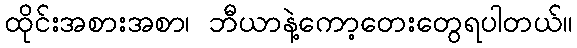
ထိုင်းအစားအစာ၊ ဘီယာနဲ့ကော့တေးတွေရပါတယ်။